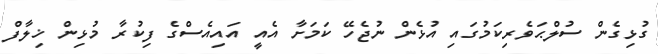
ގުޅިގެން ސުލްޙަވެރިކަމުގައި އުޅެން ނުޖެހޭ ކަމަށާ އެއީ އައިއެސްގެ ފިކުރާ މުޅިން ޚިލާފް